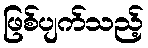
ဖြစ်ပျက်သည့်